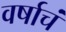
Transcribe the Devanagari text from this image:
वर्षाचं